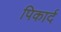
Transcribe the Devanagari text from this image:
पिकार्द